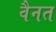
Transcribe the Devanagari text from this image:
वैनत